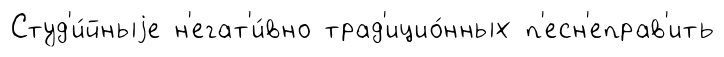
Студ'и́йныjе н'егат'и́вно трад'ицио́нных п'есн'еправ'ить